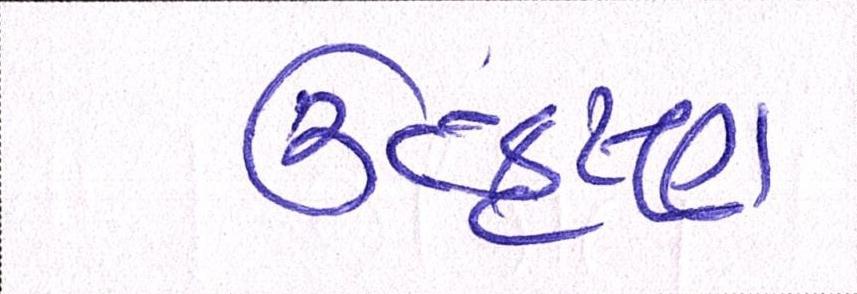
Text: ઉત્કૃષ્ટ